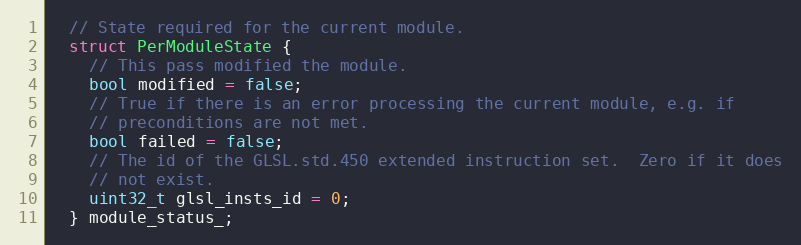
Language: C
  // State required for the current module.
  struct PerModuleState {
    // This pass modified the module.
    bool modified = false;
    // True if there is an error processing the current module, e.g. if
    // preconditions are not met.
    bool failed = false;
    // The id of the GLSL.std.450 extended instruction set.  Zero if it does
    // not exist.
    uint32_t glsl_insts_id = 0;
  } module_status_;